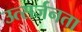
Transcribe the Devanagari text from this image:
उत्सर्जनता